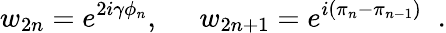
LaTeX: w_{2n}=e^{2i\gamma\phi_{n}},\; \; \; \; \; w_{2n+1}=e^{i(\pi_{n}-\pi_{n-1})}\; \; .